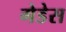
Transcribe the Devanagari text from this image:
गेडेस